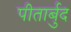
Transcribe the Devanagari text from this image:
पीतार्बुद